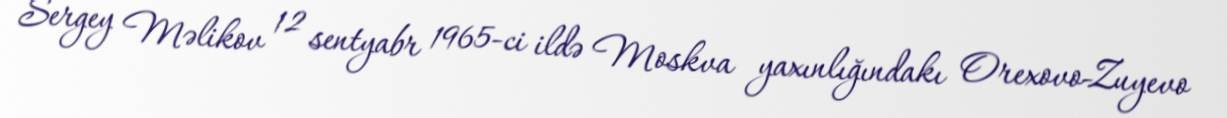
Sergey Məlikov 12 sentyabr 1965-ci ildə Moskva yaxınlığındakı Orexovo-Zuyevo